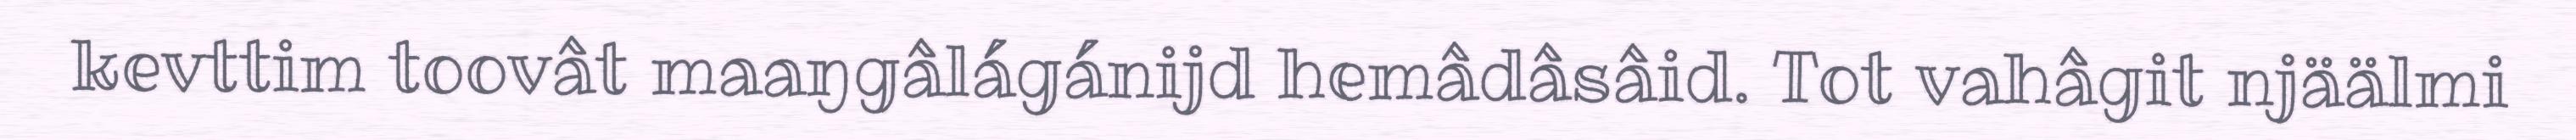
kevttim toovât maaŋgâlágánijd hemâdâsâid. Tot vahâgit njäälmi